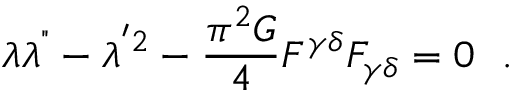
\lambda \lambda ^ { " } - \lambda ^ { ^ { \prime } 2 } - \frac { \pi ^ { 2 } G } { 4 } F ^ { \gamma \delta } F _ { \gamma \delta } = 0 ~ ~ .